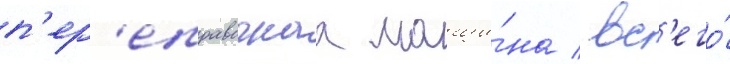
п'ер'еправочнаа маши́на / вс'его́